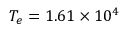
T _ { e } = 1 . 6 1 \times 1 0 ^ { 4 }